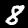
Label: 8